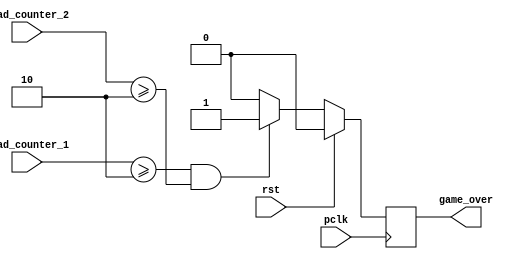

`timescale 1 ns / 1 ps

module game_over
(
  input wire pclk,
  input wire rst,
  input wire [3:0] dead_counter_1,
  input wire [3:0] dead_counter_2,
  output reg game_over
);

  localparam N = 2;
  reg game_over_nxt;

  always @(posedge pclk) begin
    if(rst) begin
      game_over <= 1'b0;
    end
    else begin
      game_over <= game_over_nxt;
    end
  end

  always @* begin
    if (dead_counter_1 >= N && dead_counter_2 >= N) begin
      game_over_nxt = 1'b1;
    end
    else begin
      game_over_nxt = 1'b0;
    end
  end
endmodule